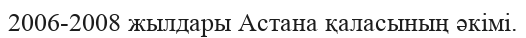
2006-2008 жылдары Астана қаласының әкімі.